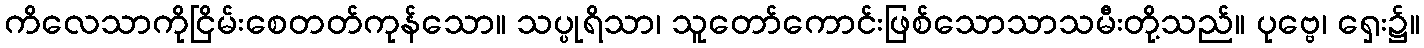
ကိလေသာကိုငြိမ်းစေတတ်ကုန်သော။ သပ္ပုရိသာ၊ သူတော်ကောင်းဖြစ်သောသာသမီးတို့သည်။ ပုဗ္ဗေ၊ ရှေး၌။